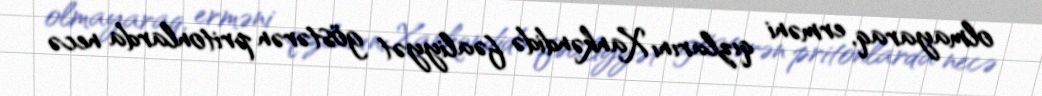
olmayaraq, erməni qızlarını Xankəndidə fəaliyyət göstərən pritonlarda necə